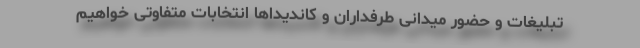
تبلیغات و حضور میدانی طرفداران و کاندیداها انتخابات متفاوتی خواهیم